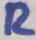
Text: R